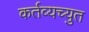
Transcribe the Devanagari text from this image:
कर्तव्यच्युत